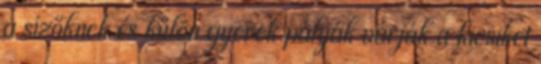
a sízőknek és külön gyerek pályák várják a kicsiket